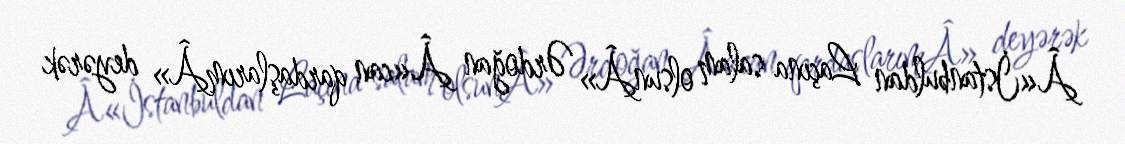
Â«İstanbuldan Laçına salam olsunÂ» Ərdoğan Â«can qardaşlarımÂ» deyərək